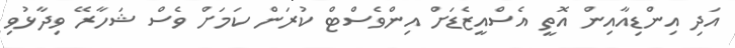
އަދި އިންޑިއާއިން އޮތީ އެސްއީޒެޑަށް އިންވެސްޓް ކުރަން ކަމަށް ވެސް ޝަހާރޭ ވިދާޅުވި